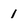
Character: 1